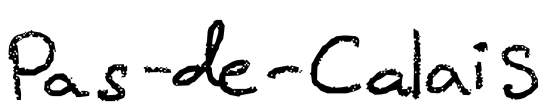
Text: Pas-de-Calais
Cross-out: clean
Writing tool: digital_black